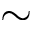
\sim